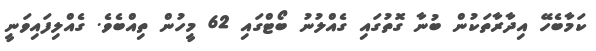
ކަމާބެހޭ އިދާރާތަކުން ބުނާ ގޮތުގައި ގެއްލުނު ބޯޓްގައި 62 މީހުން ތިއްބެވެ. ގެއްލިފައިވަނީ